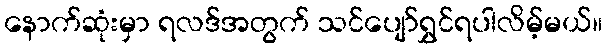
နောက်ဆုံးမှာ ရလဒ်အတွက် သင်ပျော်ရွှင်ရပါလိမ့်မယ်။